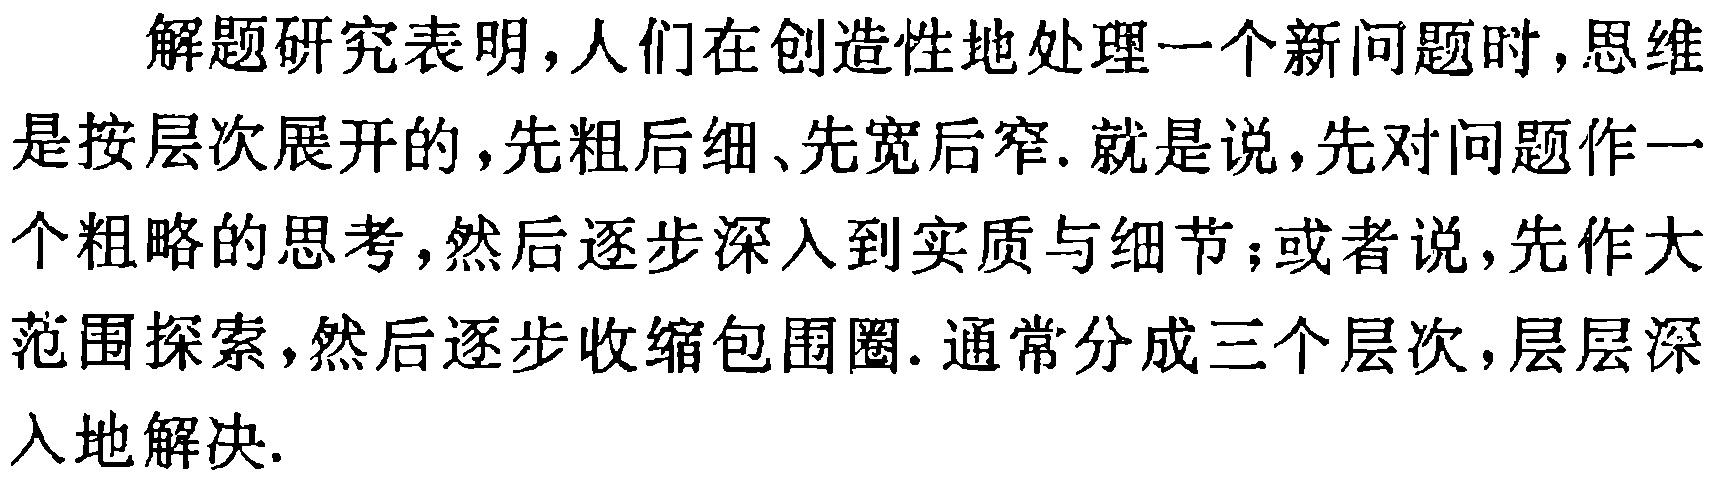
解题研究表明，人们在创造性地处理一个新问题时，思维是按层次展开的，先粗后细、先宽后窄. 就是说，先对问题作一个粗略的思考，然后逐步深入到实质与细节；或者说，先作大范围探索，然后逐步收缩包围圈. 通常分成三个层次，层层深入地解决.